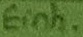
Text: Einh.